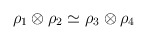
\begin{align*}\rho_1 \otimes \rho_2 \simeq \rho_3 \otimes \rho_4\end{align*}